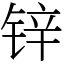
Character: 锌